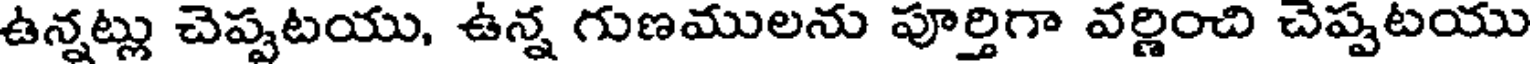
ఉన్నట్లు చెప్పటయు, ఉన్న గుణములను పూర్తిగా వర్ణించి చెప్పటయు